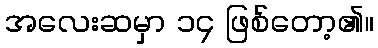
အလေးဆမှာ ၁၄ ဖြစ်တော့၏။